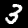
Digit: 3